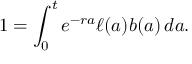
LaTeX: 1 = \int _ { 0 } ^ { t } e ^ { - r a } \ell ( a ) b ( a ) \, d a .